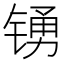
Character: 𲈑